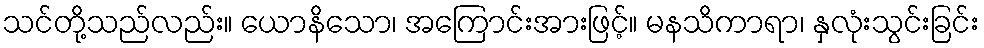
သင်တို့သည်လည်း။ ယောနိသော၊ အကြောင်းအားဖြင့်။ မနသိကာရာ၊ နှလုံးသွင်းခြင်း